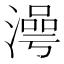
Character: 𣽺